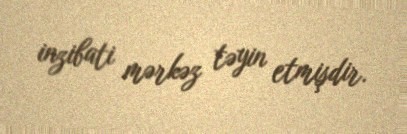
inzibati mərkəz təyin etmişdir.